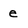
Character: e